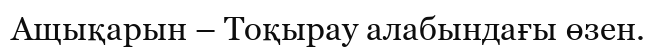
Ащықарын – Тоқырау алабындағы өзен.